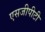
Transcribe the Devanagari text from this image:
एसजीपीटी